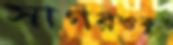
সাগরওকুত